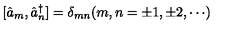
[ \hat { a } _ { m } , \hat { a } _ { n } ^ { \dagger } ] = \delta _ { m n } ( m , n = \pm 1 , \pm 2 , \cdots )